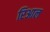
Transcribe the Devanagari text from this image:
रिआल